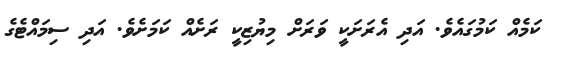
ކަމެއް ކަމުގައެވެ. އަދި އެރަށަކީ ވަރަށް މިޔުޒިކީ ރަށެއް ކަމަށެވެ. އަދި ސިމައްޓެގެ